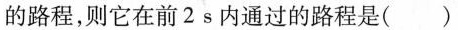
的路程，则它在前2s内通过的路程是（）